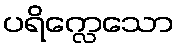
ပရိက္လေသော